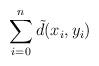
LaTeX: \begin{align*}\sum_{i=0}^n \tilde d(x_i,y_i)\end{align*}